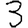
Digit: 3